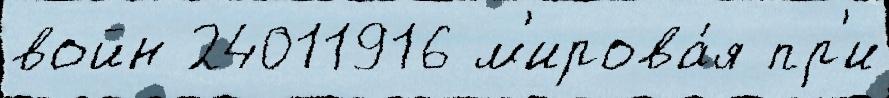
войн 24011916 м'ирова́я пр'и